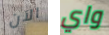
الآن واي